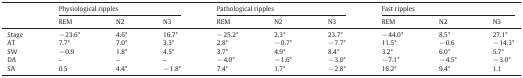
| <ROWSPAN=2>  | <COLSPAN=3> Physiological ripples | <COLSPAN=3> Pathological ripples | <COLSPAN=3> Fast ripples |
 | REM | N2 | N3 | REM | N2 | N3 | REM | N2 | N3 |
 | --- | --- | --- | --- | --- | --- | --- | --- | --- | --- |
 | Stage | − 23.6* | 4.6* | 16.7* | − 25.2* | 2.3* | 23.7* | − 44.0* | 8.5* | 27.1* |
 | AT | 7.7* | 7.0* | 3.3* | 2.8* | − 0.7* | − 7.7* | 11.5* | − 0.6 | − 14.3* |
 | SW | − 0.9 | 1.8* | 4.5* | 3.7* | 4.9* | 8.4* | 3.2* | 6.0* | 5.7* |
 | DA | – | – | – | − 4.0* | − 1.6* | − 3.0* | − 7.1* | − 4.5* | − 3.0* |
 | SA | 0.5 | 4.4* | − 1.8* | 7.4* | 1.7* | − 2.8* | 16.2* | 9.4* | 1.1 |